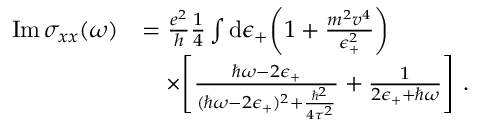
\begin{array} { r l } { \mathrm { I m } \, \sigma _ { x x } ( \omega ) } & { = \frac { e ^ { 2 } } { h } \frac { 1 } { 4 } \int \mathrm { d } \epsilon _ { + } \bigg ( 1 + \frac { m ^ { 2 } v ^ { 4 } } { \epsilon _ { + } ^ { 2 } } \bigg ) } \\ & { \quad \times \Bigg [ \frac { \hbar \omega - 2 \epsilon _ { + } } { ( \hbar \omega - 2 \epsilon _ { + } ) ^ { 2 } + \frac { \hbar ^ { 2 } } { 4 \tau ^ { 2 } } } + \frac { 1 } { 2 \epsilon _ { + } + \hbar \omega } \Bigg ] \ . } \end{array}